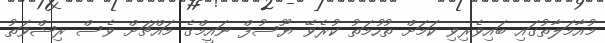
މުއާމަލާތުގައި ބައިވެރިވި ކަމަށް ތުހުމަތު ކުރެވޭ ޔޫސުފް ނައީމްގެ މައްޗަށް ވެސް ރިޝްވަތު